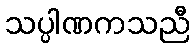
သပ္ပါဏကသညီ